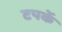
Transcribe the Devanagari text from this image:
टपकें